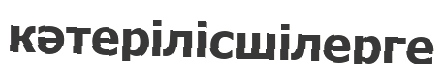
кәтерілісшілерге